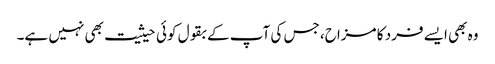
وہ بھی ایسے فرد کا مزاح، جس کی آپ کے بقول کوئی حیثیت بھی نہیں ہے۔